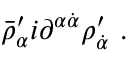
\bar { \rho } _ { \alpha } ^ { \prime } i \partial ^ { \alpha \dot { \alpha } } \rho _ { \dot { \alpha } } ^ { \prime } \ .